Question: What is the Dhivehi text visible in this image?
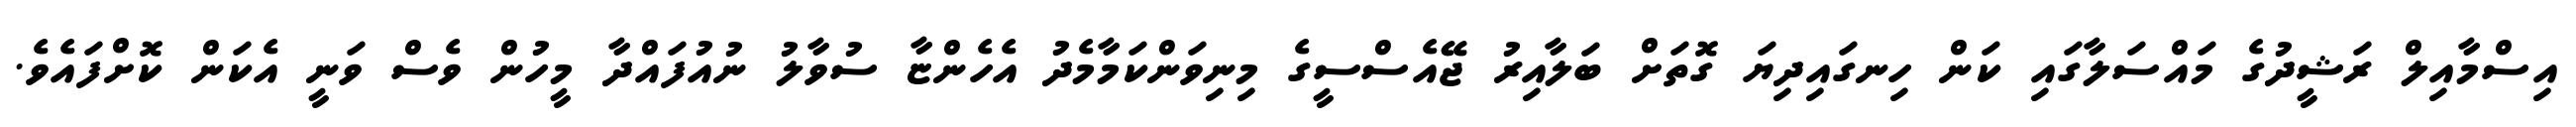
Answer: އިސްމާއިލް ރަޝީދުގެ މައްސަލާގައި ކަން ހިނގައިދިޔަ ގޮތަށް ބަލާއިރު ޖޭއެސްސީގެ މިނިވަންކަމާމެދު އެހެންޏާ ސުވާލު ނުއުފައްދާ މީހުން ވެސް ވަނީ އެކަން ކޮށްފައެވެ.